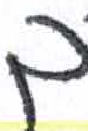
אות: ך